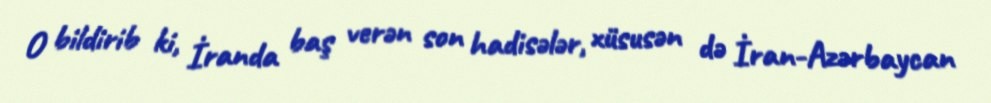
O bildirib ki, İranda baş verən son hadisələr, xüsusən də İran-Azərbaycan